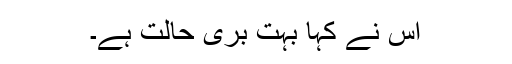
اس نے کہا بہت بری حالت ہے۔